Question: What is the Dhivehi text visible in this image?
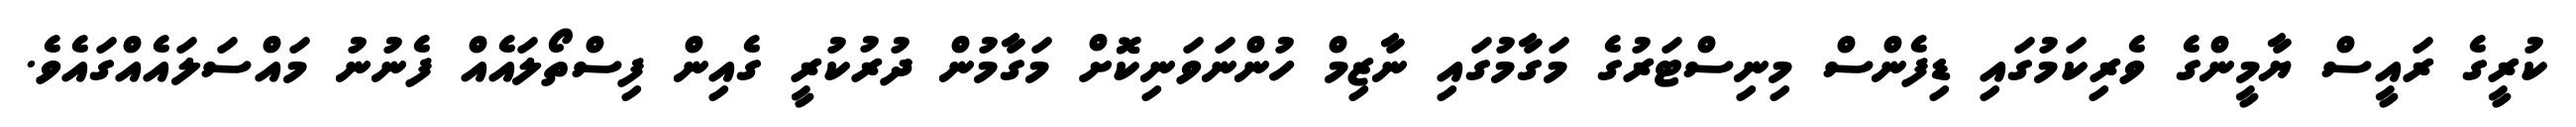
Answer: ކުރީގެ ރައީސް ޔާމީންގެ ވެރިކަމުގައި ޑިފެންސް މިނިސްޓަރުގެ މަގާމުގައި ނާޒިމް ހުންނަވަނިކޮށް މަގާމުން ދުރުކުރީ ގެއިން ފިސްތޯލައެއް ފެނުނު މައްސަލައެއްގައެވެ.